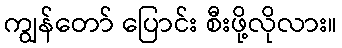
ကျွန်တော် ပြောင်း စီးဖို့လိုလား။